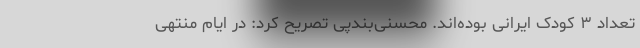
تعداد ۳ کودک ایرانی بوده‌اند. محسنی‌بندپی تصریح کرد: در ایام منتهی